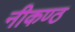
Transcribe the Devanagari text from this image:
नीकण्ठ